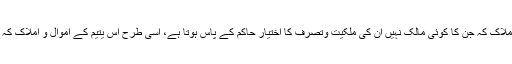
ولایتِ عامہ سے مراد :حکمران کی ولایت ہے ، جیسے ملک کے وہ اموال،اراضی و املاک کہ جن کا کوئی مالک نہیں اُن کی ملکیت وتصرّف کا اختیار حاکم کے پاس ہوتا ہے، اسی طرح اس یتیم کے اموال و املاک کہ جس کا کوئی خاص ولی و سرپرست نہیں ، اُن کی ولایت بھی حاکم کے پاس ہوتی ہے۔